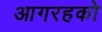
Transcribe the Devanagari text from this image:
आगरहको